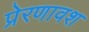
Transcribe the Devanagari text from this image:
प्रेरणावश